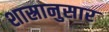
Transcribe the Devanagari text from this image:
शास्रानुसार